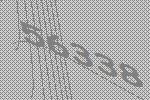
56338